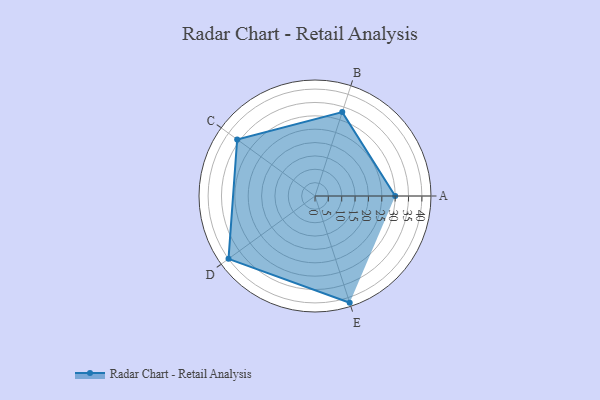
{"axis": {"x": "Skill", "y": "Score"}, "legend": ["Profile"], "data": [{"x": "A", "y": 30.0, "type": "Profile"}, {"x": "B", "y": 33.0, "type": "Profile"}, {"x": "C", "y": 36.0, "type": "Profile"}, {"x": "D", "y": 40.0, "type": "Profile"}, {"x": "E", "y": 42.0, "type": "Profile"}]}